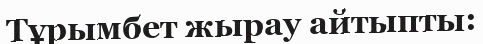
Тұрымбет жырау айтыпты: